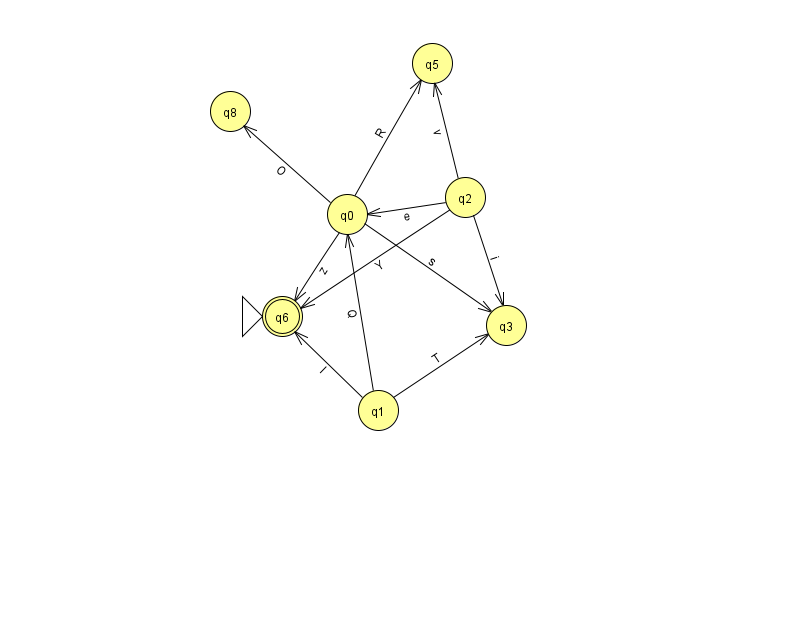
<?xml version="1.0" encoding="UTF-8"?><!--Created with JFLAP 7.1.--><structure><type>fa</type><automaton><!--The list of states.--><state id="0" name="q0"><x>347.0</x><y>201.0</y></state><state id="1" name="q1"><x>378.0</x><y>397.0</y></state><state id="2" name="q2"><x>465.0</x><y>184.0</y></state><state id="3" name="q3"><x>506.0</x><y>312.0</y></state><state id="5" name="q5"><x>432.0</x><y>50.0</y></state><state id="6" name="q6"><x>282.0</x><y>303.0</y><initial/><final/></state><state id="8" name="q8"><x>230.0</x><y>98.0</y></state><!--The list of transitions.--><transition><from>0</from><to>3</to><read>s</read></transition><transition><from>0</from><to>6</to><read>z</read></transition><transition><from>2</from><to>3</to><read>i</read></transition><transition><from>0</from><to>5</to><read>R</read></transition><transition><from>1</from><to>3</to><read>T</read></transition><transition><from>2</from><to>5</to><read>v</read></transition><transition><from>0</from><to>8</to><read>O</read></transition><transition><from>2</from><to>6</to><read>Y</read></transition><transition><from>1</from><to>6</to><read>I</read></transition><transition><from>2</from><to>0</to><read>e</read></transition><transition><from>1</from><to>0</to><read>Q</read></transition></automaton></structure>